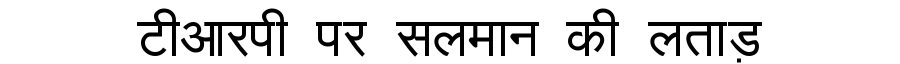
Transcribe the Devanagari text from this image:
टीआरपी पर सलमान की लताड़